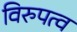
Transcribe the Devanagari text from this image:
विरुपत्व